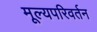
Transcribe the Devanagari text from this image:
मूल्यपरिवर्तन